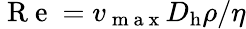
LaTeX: \mathrm{~R~e~}={v_{\mathrm{~m~a~x~}}D_{\mathrm{h}}\rho}/{\eta}